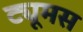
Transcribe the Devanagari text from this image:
ट्यूमस